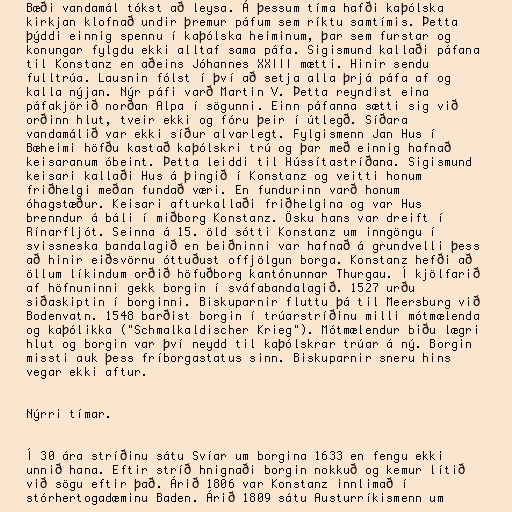
Bæði vandamál tókst að leysa. Á þessum tíma hafði kaþólska
kirkjan klofnað undir þremur páfum sem ríktu samtímis. Þetta
þýddi einnig spennu í kaþólska heiminum, þar sem furstar og
konungar fylgdu ekki alltaf sama páfa. Sigismund kallaði páfana
til Konstanz en aðeins Jóhannes XXIII mætti. Hinir sendu
fulltrúa. Lausnin fólst í því að setja alla þrjá páfa af og
kalla nýjan. Nýr páfi varð Martin V. Þetta reyndist eina
páfakjörið norðan Alpa í sögunni. Einn páfanna sætti sig við
orðinn hlut, tveir ekki og fóru þeir í útlegð. Síðara
vandamálið var ekki síður alvarlegt. Fylgismenn Jan Hus í
Bæheimi höfðu kastað kaþólskri trú og þar með einnig hafnað
keisaranum óbeint. Þetta leiddi til Hússítastríðana. Sigismund
keisari kallaði Hus á þingið í Konstanz og veitti honum
friðhelgi meðan fundað væri. En fundurinn varð honum
óhagstæður. Keisari afturkallaði friðhelgina og var Hus
brenndur á báli í miðborg Konstanz. Ösku hans var dreift í
Rínarfljót. Seinna á 15. öld sótti Konstanz um inngöngu í
svissneska bandalagið en beiðninni var hafnað á grundvelli þess
að hinir eiðsvörnu óttuðust offjölgun borga. Konstanz hefði að
öllum líkindum orðið höfuðborg kantónunnar Thurgau. Í kjölfarið
af höfnuninni gekk borgin í sváfabandalagið. 1527 urðu
siðaskiptin í borginni. Biskuparnir fluttu þá til Meersburg við
Bodenvatn. 1548 barðist borgin í trúarstríðinu milli mótmælenda
og kaþólikka ("Schmalkaldischer Krieg"). Mótmælendur biðu lægri
hlut og borgin var því neydd til kaþólskrar trúar á ný. Borgin
missti auk þess fríborgastatus sinn. Biskuparnir sneru hins
vegar ekki aftur.

Nýrri tímar.

Í 30 ára stríðinu sátu Svíar um borgina 1633 en fengu ekki
unnið hana. Eftir stríð hnignaði borgin nokkuð og kemur lítið
við sögu eftir það. Árið 1806 var Konstanz innlimað í
stórhertogadæminu Baden. Árið 1809 sátu Austurríkismenn um